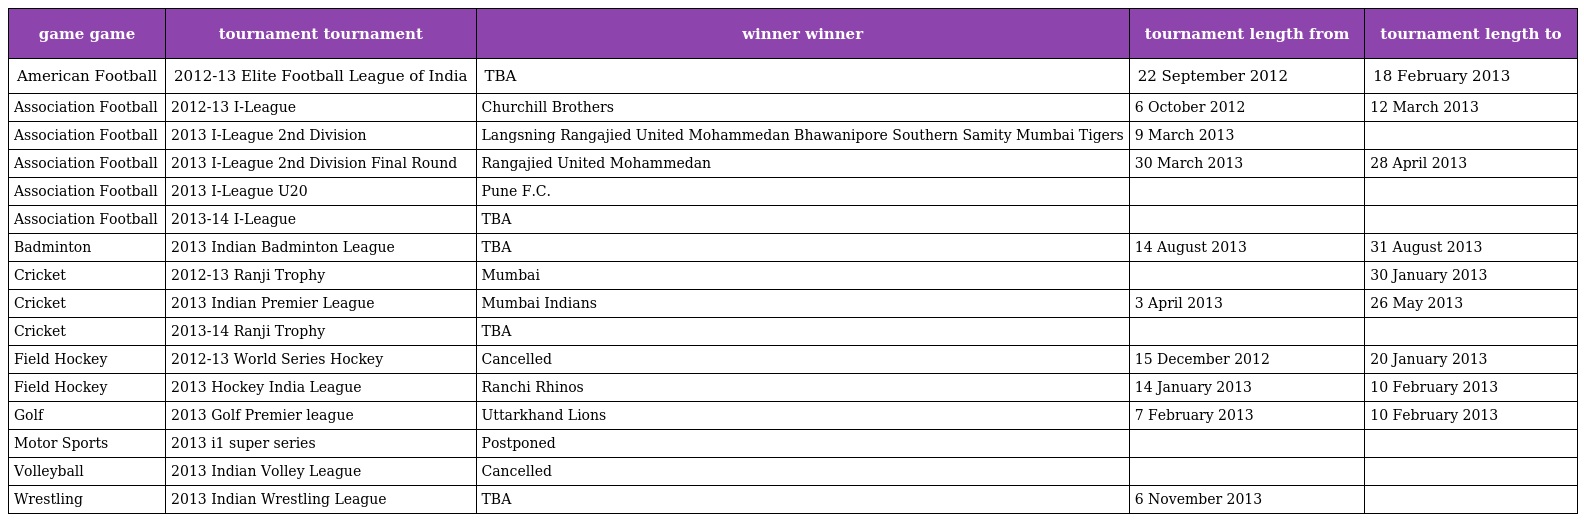
| game game | tournament tournament | winner winner | tournament length from | tournament length to |
 | --- | --- | --- | --- | --- |
 | American Football | 2012-13 Elite Football League of India | TBA | 22 September 2012 | 18 February 2013 |
 | Association Football | 2012-13 I-League | Churchill Brothers | 6 October 2012 | 12 March 2013 |
 | Association Football | 2013 I-League 2nd Division | Langsning Rangajied United Mohammedan Bhawanipore Southern Samity Mumbai Tigers | 9 March 2013 |  |
 | Association Football | 2013 I-League 2nd Division Final Round | Rangajied United Mohammedan | 30 March 2013 | 28 April 2013 |
 | Association Football | 2013 I-League U20 | Pune F.C. |  |  |
 | Association Football | 2013-14 I-League | TBA |  |  |
 | Badminton | 2013 Indian Badminton League | TBA | 14 August 2013 | 31 August 2013 |
 | Cricket | 2012-13 Ranji Trophy | Mumbai |  | 30 January 2013 |
 | Cricket | 2013 Indian Premier League | Mumbai Indians | 3 April 2013 | 26 May 2013 |
 | Cricket | 2013-14 Ranji Trophy | TBA |  |  |
 | Field Hockey | 2012-13 World Series Hockey | Cancelled | 15 December 2012 | 20 January 2013 |
 | Field Hockey | 2013 Hockey India League | Ranchi Rhinos | 14 January 2013 | 10 February 2013 |
 | Golf | 2013 Golf Premier league | Uttarkhand Lions | 7 February 2013 | 10 February 2013 |
 | Motor Sports | 2013 i1 super series | Postponed |  |  |
 | Volleyball | 2013 Indian Volley League | Cancelled |  |  |
 | Wrestling | 2013 Indian Wrestling League | TBA | 6 November 2013 |  |